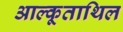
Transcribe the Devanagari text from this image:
आल्कूताथिल